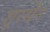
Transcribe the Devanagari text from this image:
शूरसेंन